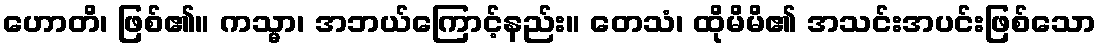
ဟောတိ၊ ဖြစ်၏။ ကသ္မာ၊ အဘယ်ကြောင့်နည်း။ တေသံ၊ ထိုမိမိ၏ အသင်းအပင်းဖြစ်သော